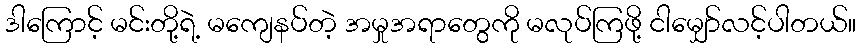
ဒါကြောင့် မင်းတို့ရဲ့ မကျေနပ်တဲ့ အမှုအရာတွေကို မလုပ်ကြဖို့ ငါမျှော်လင့်ပါတယ်။